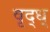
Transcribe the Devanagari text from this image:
वृद्ध्